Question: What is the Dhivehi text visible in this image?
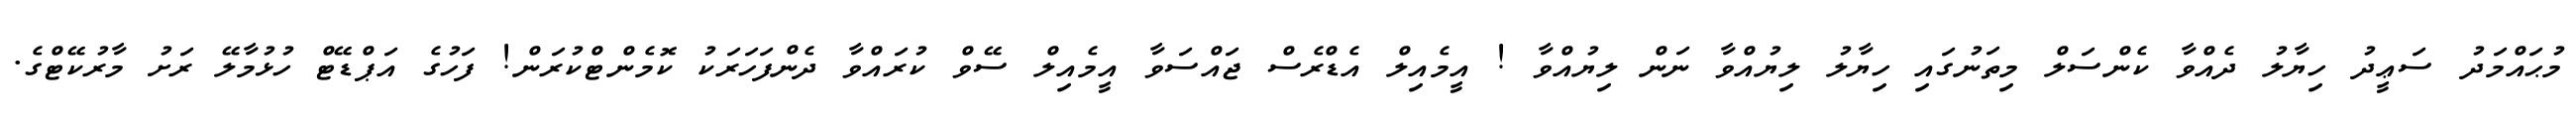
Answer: މުޙައްމަދު ސަޢީދު ހިޔާލު ދެއްވާ ކެންސަލް މިތަނުގައި ހިޔާލު ލިޔުއްވާ ނަން ލިޔުއްވާ ! އީމެއިލް އެޑްރެސް ޖައްސަވާ އީމެއިލް ސޭވް ކުރައްވާ ދެންފަހަރަކު ކޮމެންޓްކުރަން! ފަހުގެ އަޕްޑޭޓް ހުޅުމާލޭ ރަށު މާރުކޭޓްގެ.